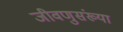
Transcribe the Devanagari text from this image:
जीवणुसंख्या